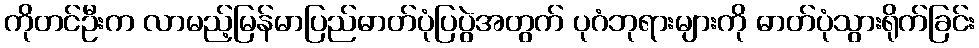
ကိုတင်ဦးက လာမည့်မြန်မာပြည်ဓာတ်ပုံပြပွဲအတွက် ပုဂံဘုရားများကို ဓာတ်ပုံသွားရိုက်ခြင်း